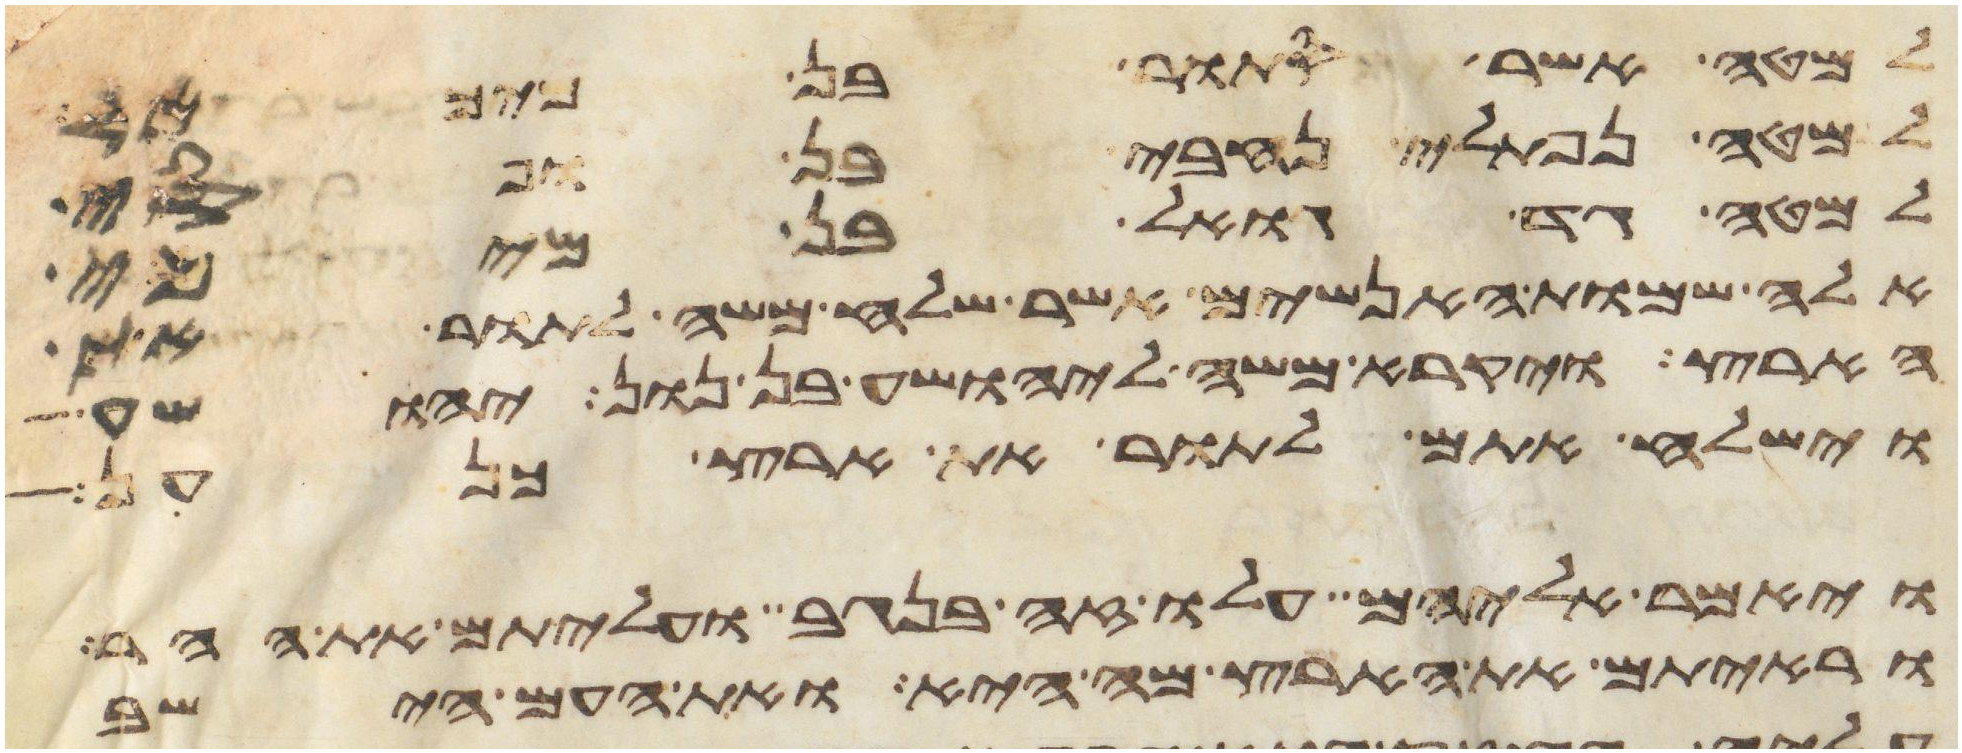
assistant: למטה אשר סתור בן מיכאל
למטה נפתלי נחבי בן ופסי
למטה גד גואל בן מיכי
אלה שמות האנשים אשר שלח משה לתור את
הארץ ויקרא משה ליהושע בן נון יהושע
וישלח אתם לתור את ארץ כנען
ויאמר אליהם עלו זה בנגב ועליתם את ההר
וראיתם את הארץ מה היא ואת העם הישב